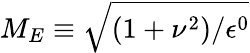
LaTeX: M_{E}\equiv\sqrt{({1+\nu^{2}})/{\epsilon^{0}}}